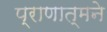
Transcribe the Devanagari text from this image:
प्राणात्मने